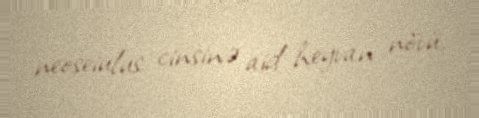
neoseiulus cinsinə aid heyvan növü.